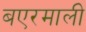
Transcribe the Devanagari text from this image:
बएरमाली